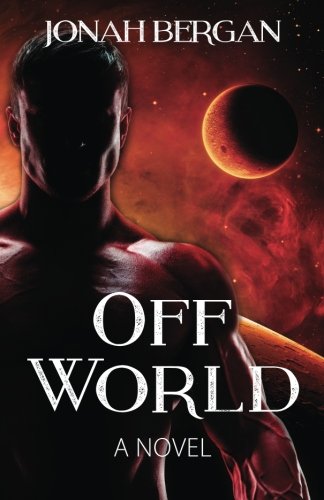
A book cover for Off-World; Jonah Bergan; Romance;